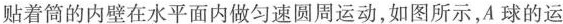
贴着筒的内壁在水平面内做匀速圆周运动，如图所示，A球的运